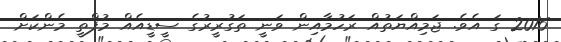
2016 ގަ އެވެ. ޖަމިއްޔަތުއް ރަހުމާއިން ވަނީ ތަގުރީރުގެ ސީޑީއެއް މުފްތީ މެންކަށް